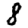
Digit: 8